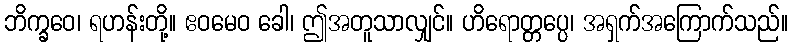
ဘိက္ခဝေ၊ ရဟန်းတို့။ ဧဝမေဝ ခေါ၊ ဤအတူသာလျှင်။ ဟိရောတ္တပ္ပေ၊ အရှက်အကြောက်သည်။